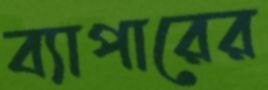
ব্যাপারের